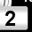
Digit: 2